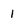
Character: 1